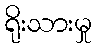
ရိုးသားမှု